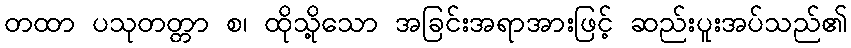
တထာ ပသုတတ္တာ စ၊ ထိုသို့သော အခြင်းအရာအားဖြင့် ဆည်းပူးအပ်သည်၏